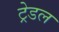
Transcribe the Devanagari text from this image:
ट्रेडल